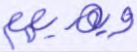
ويهديهم